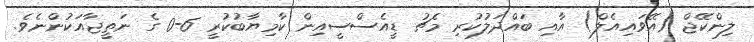
ލިންކޭޖް (އޭވައިއެލް) އާއި ބައްދަލުކުރި މެޗު ޑީއެސްސީއިން ކާމިޔާބުކުރީ 6-0 ގެ ނަތީޖާއަކުންނެވެ.